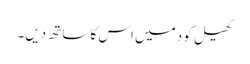
کھیل کود میں اس کا ساتھ دیں۔